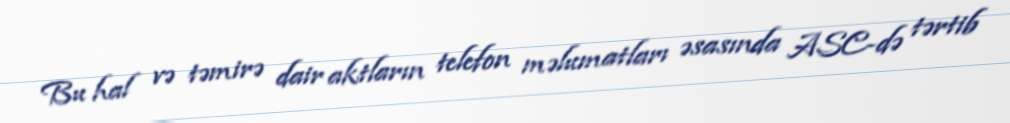
Bu hal və təmirə dair aktların telefon məlumatları əsasında ASC-də tərtib